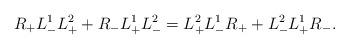
LaTeX: \begin{align*}R_+ L_-^1 L^2_+ + R_- L_+^1 L^2_- = L^2_+ L_-^1 R_+ + L^2_- L_+^1 R_-.\end{align*}